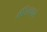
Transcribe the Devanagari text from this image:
मैंटिलवाले